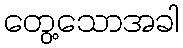
တွေ့သောအခါ